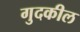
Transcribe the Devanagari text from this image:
गुदकील